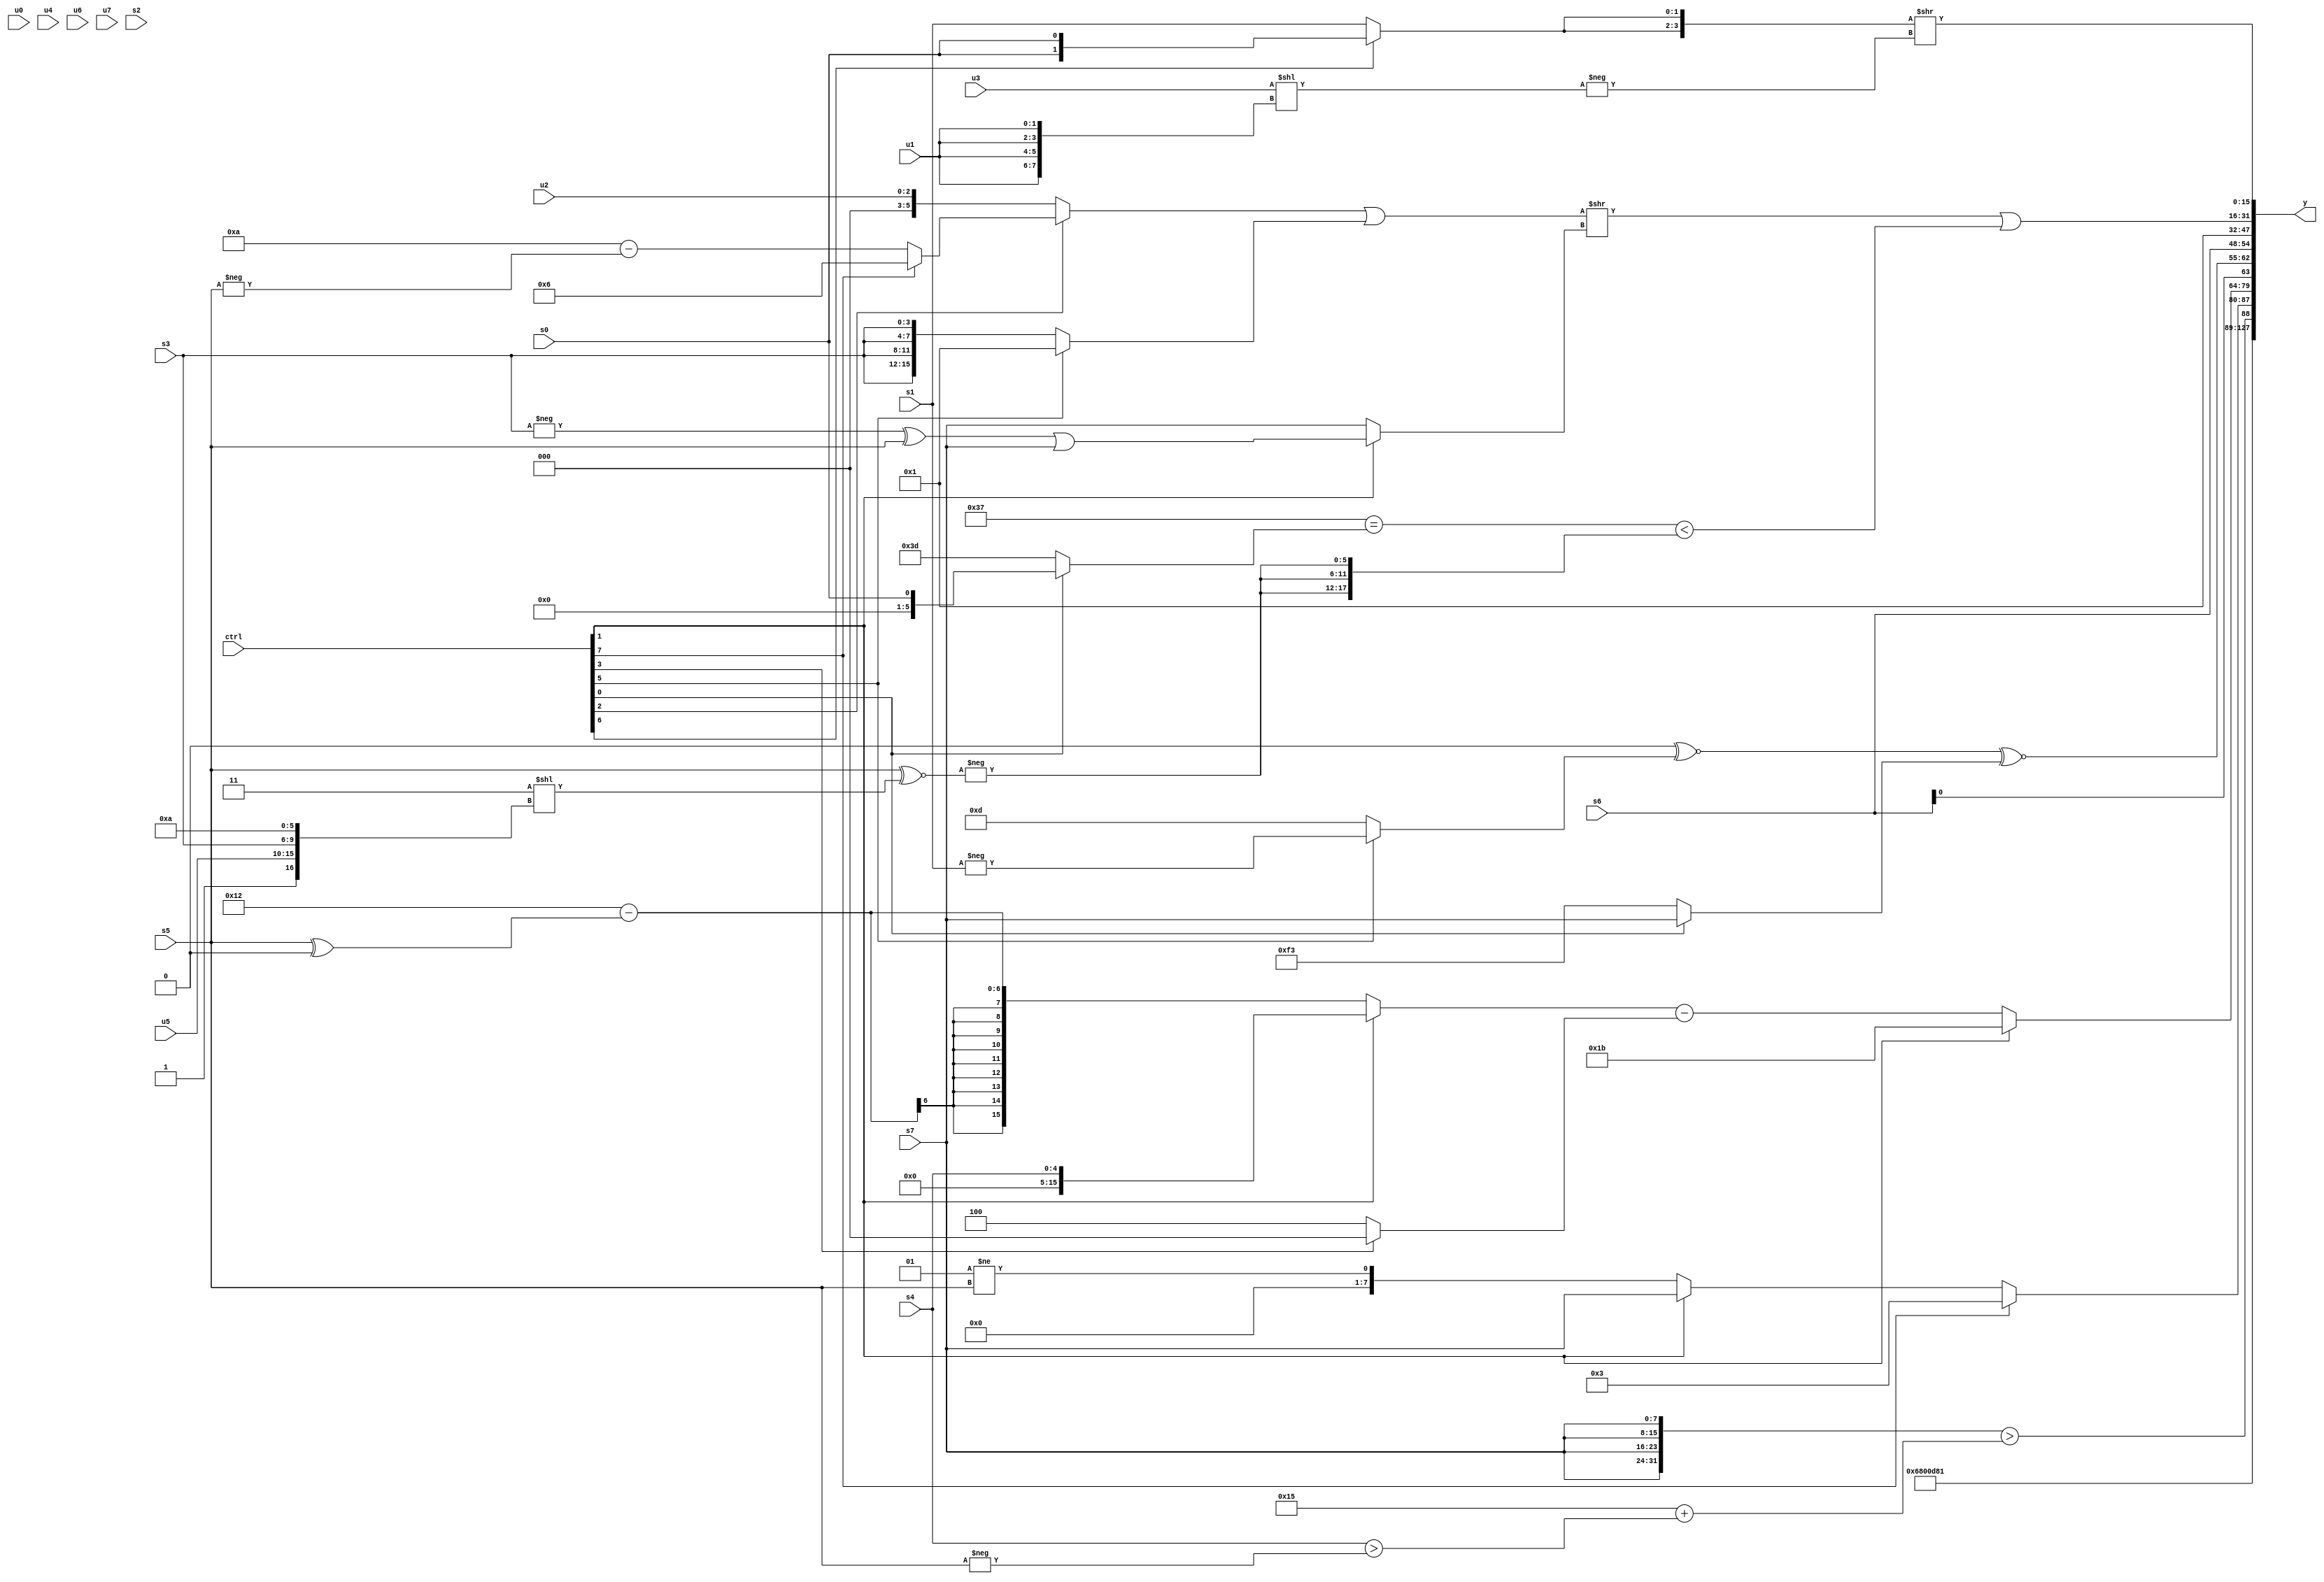
module wideexpr_00911(ctrl, u0, u1, u2, u3, u4, u5, u6, u7, s0, s1, s2, s3, s4, s5, s6, s7, y);
  input [7:0] ctrl;
  input [0:0] u0;
  input [1:0] u1;
  input [2:0] u2;
  input [3:0] u3;
  input [4:0] u4;
  input [5:0] u5;
  input [6:0] u6;
  input [7:0] u7;
  input signed [0:0] s0;
  input signed [1:0] s1;
  input signed [2:0] s2;
  input signed [3:0] s3;
  input signed [4:0] s4;
  input signed [5:0] s5;
  input signed [6:0] s6;
  input signed [7:0] s7;
  output [127:0] y;
  wire [15:0] y0;
  wire [15:0] y1;
  wire [15:0] y2;
  wire [15:0] y3;
  wire [15:0] y4;
  wire [15:0] y5;
  wire [15:0] y6;
  wire [15:0] y7;
  assign y = {y0,y1,y2,y3,y4,y5,y6,y7};
  assign y0 = (6'b001101)>>(3'sb000);
  assign y1 = $signed(6'sb011011);
  assign y2 = {1'sb1,({4{s7}})>((5'sb10101)+(({1{s4}})>({-(s5)}))),$signed(+((ctrl[7]?{2{1'b1}}:(ctrl[1]?$signed(s7):(3'sb001)!=(s5)))))};
  assign y3 = (ctrl[1]?$signed(5'sb11011):((ctrl[1]?$signed($signed(s4)):(+(6'b010010))-((s5)^(1'sb0))))-((ctrl[3]?$signed(!(3'sb111)):3'sb100)));
  assign y4 = {3{$signed({((2'sb00)^~((ctrl[5]?-(s1):$signed(4'sb1101))))^~((ctrl[0]?s7:-((6'b010000)-(6'sb000011)))),s6})}};
  assign y5 = ~&(2'sb00);
  assign y6 = (({((ctrl[2]?(ctrl[7]?5'b00110:{((4'sb1101)<<(2'sb01))-(-(s5))}):u2))|((ctrl[5]?4'b0001:{4{s3}}))})>>(+((ctrl[1]?((-(s3))^(s5))|(s7):+(s7)))))|(((6'b110111)==((ctrl[0]?s0:6'b111101)))<({3{$signed(-((s5)^~($signed((+(4'b0011))<<({1'sb1,u5,s3,6'sb001010})))))}}));
  assign y7 = ({2{(ctrl[6]?s0:+($signed(s1)))}})>>($signed(-(({$signed(u3)})<<($unsigned({4{u1}})))));
endmodule